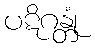
ပဋိဂန္တုံ